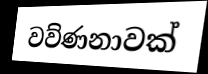
වව්ණනාවක්